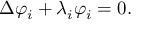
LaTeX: \Delta \varphi _ { i } + \lambda _ { i } \varphi _ { i } = 0 .